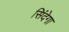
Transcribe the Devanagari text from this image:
सिंदेगा